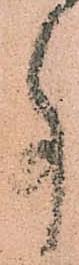
事